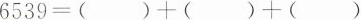
$$6539=()+()+()